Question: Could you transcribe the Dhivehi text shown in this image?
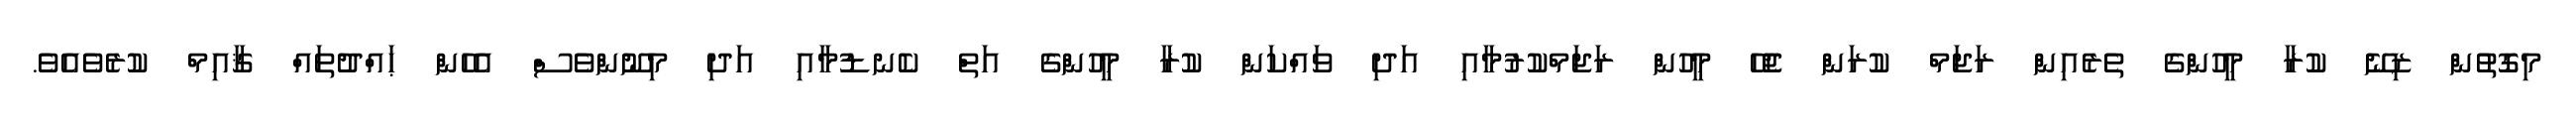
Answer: މިގޮތުން ޒިނޭ ކުރާ މީހުންގެ ތެރެއިން ރަޖަމް ކުރަން ޖެހޭ މީހުން ރަޖަމްކުރުމާއި އަދި ވައްކަން ކުރާ މީހުންގެ އަތް ކެނޑުމާއި އަދި މިނޫންވެސް އެހެން ޙައްދުތައް ޤާއިމް ކުރެވެއެވެ.